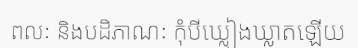
ពលៈ និងបដិភាណៈ កុំបីឃ្លៀងឃ្លាតឡើយ